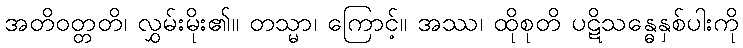
အတိဝတ္တတိ၊ လွှမ်းမိုး၏။ တသ္မာ၊ ကြောင့်။ အဿ၊ ထိုစုတိ ပဋိသန္ဓေနှစ်ပါးကို